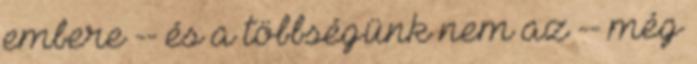
embere -- és a többségünk nem az -- még